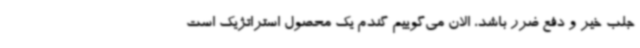
جلب خیر و دفع ضرر باشد، الان می‌گوییم گندم یک محصول استراتژیک است